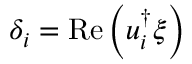
\delta _ { i } = \operatorname { R e } \left( u _ { i } ^ { \dagger } \xi \right)